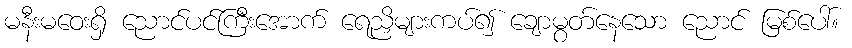
မနီးမဝေးရှိ ညောင်ပင်ကြီးအောက် ရေညှိများကပ်၍ ချောမွတ်နေသော ညောင် မြစ်ပေါ်။